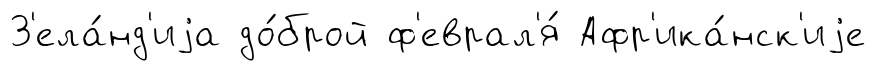
З'ела́нд'иjа до́брой ф'еврал'я́ Афр'ика́нск'иjе